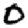
Digit: 0